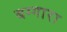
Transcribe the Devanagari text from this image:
बग्गारा